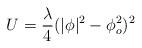
LaTeX: \begin{align*}U =\frac{\lambda}{4} (|\phi |^2 -\phi_o^2 )^2\end{align*}